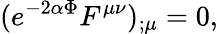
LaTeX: (e^{-2\alpha\Phi}F^{\mu\nu})_{;\mu}=0,